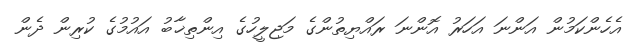
އެހެންކަމުން އަންނަ އަހަރު އޮންނަ ރައްޔިތުންގެ މަޖިލީހުގެ އިންތިޚާބު އައުމުގެ ކުރިން ދެން